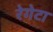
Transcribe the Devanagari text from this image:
रेगेटा